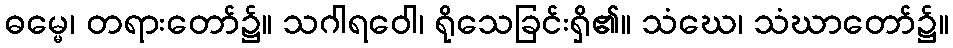
ဓမ္မေ၊ တရားတော်၌။ သဂါရဝေါ၊ ရိုသေခြင်းရှိ၏။ သံဃေ၊ သံဃာတော်၌။